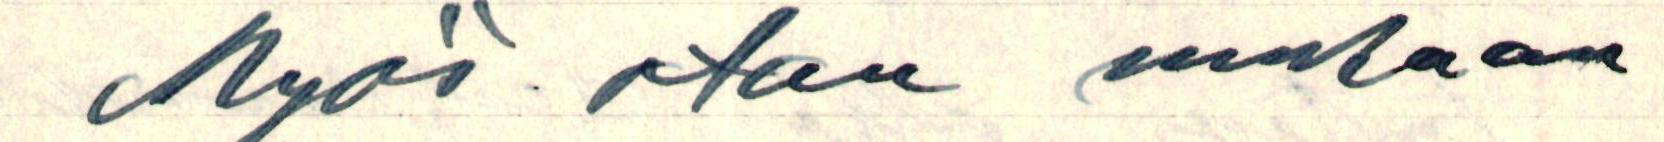
Myös otan mukaan